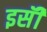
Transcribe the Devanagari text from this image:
इसॅी